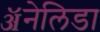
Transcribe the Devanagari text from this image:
ॲनेलिडा